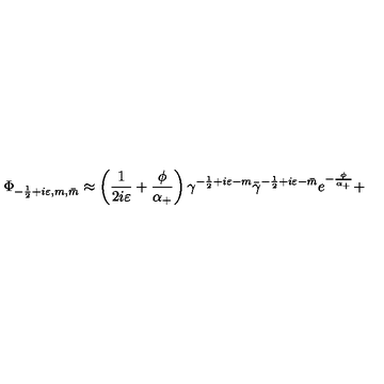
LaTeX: \Phi _ { - \frac 1 2 + i \varepsilon , m , \bar { m } } \approx \left( \frac 1 { 2 i \varepsilon } + \frac \phi { \alpha _ { + } } \right) \gamma ^ { - \frac 1 2 + i \varepsilon - m } \bar { \gamma } ^ { - \frac 1 2 + i \varepsilon - \bar { m } } e ^ { - \frac \phi { \alpha _ { + } } } +